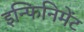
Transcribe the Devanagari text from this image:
इन्फिनिमेंट